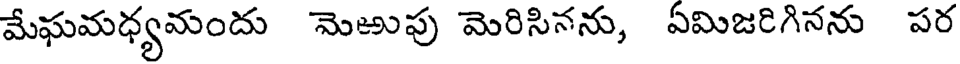
మేఘమధ్యమందు మెఱుపు మెరిసినను, ఏమిజరిగినను పర